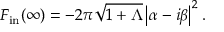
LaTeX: { \cal F } _ { \mathrm { i n } } ( \infty ) = - 2 \pi \sqrt { 1 + \Lambda } \left\vert \alpha - i \beta \right\vert ^ { 2 } .